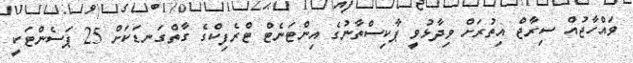
ވައްހާޖުއް ސިރާޖް އިތުރަށް ވިދާޅުވީ ޕާކިސްތާނުގެ އިންޓަނެޓް ޓްރެފިކްގެ ގާތްގަނޑަކަށް 25 ޕަސެންޓަކީ